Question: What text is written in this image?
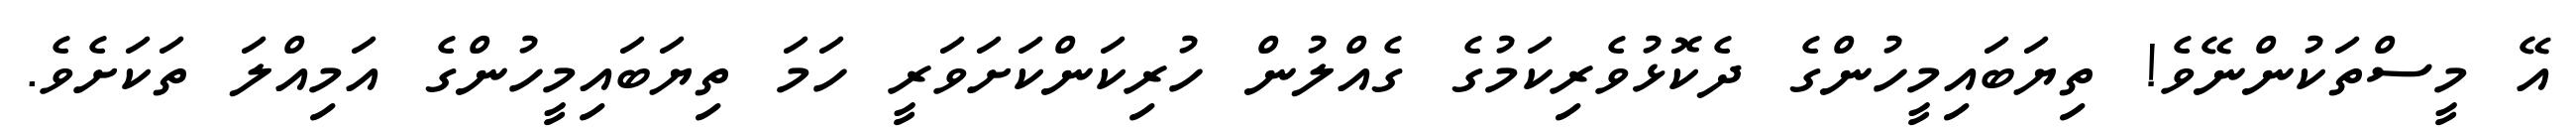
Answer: އޭ މީސްތަކުންނޭވެ! ތިޔަބައިމީހުންގެ ދެކޮޅުވެރިކަމުގެ ގެއްލުން ހުރިކަންކަށަވަރީ ހަމަ ތިޔަބައިމީހުންގެ އަމިއްލަ ތަކަށެވެ.